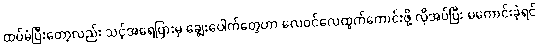
ထပ်မံပြီးတော့လည်း သင့်အရေပြားမှ ချွေးပေါက်တွေဟာ လေဝင်လေထွက်ကောင်းဖို့ လိုအပ်ပြီး မကောင်းခဲ့ရင်